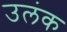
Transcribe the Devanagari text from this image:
उलंक